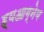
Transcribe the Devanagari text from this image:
ह्यआग्नेय